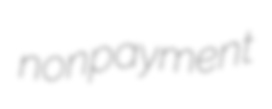
nonpayment